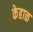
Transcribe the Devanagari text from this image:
केहाळ